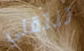
تنتقلي